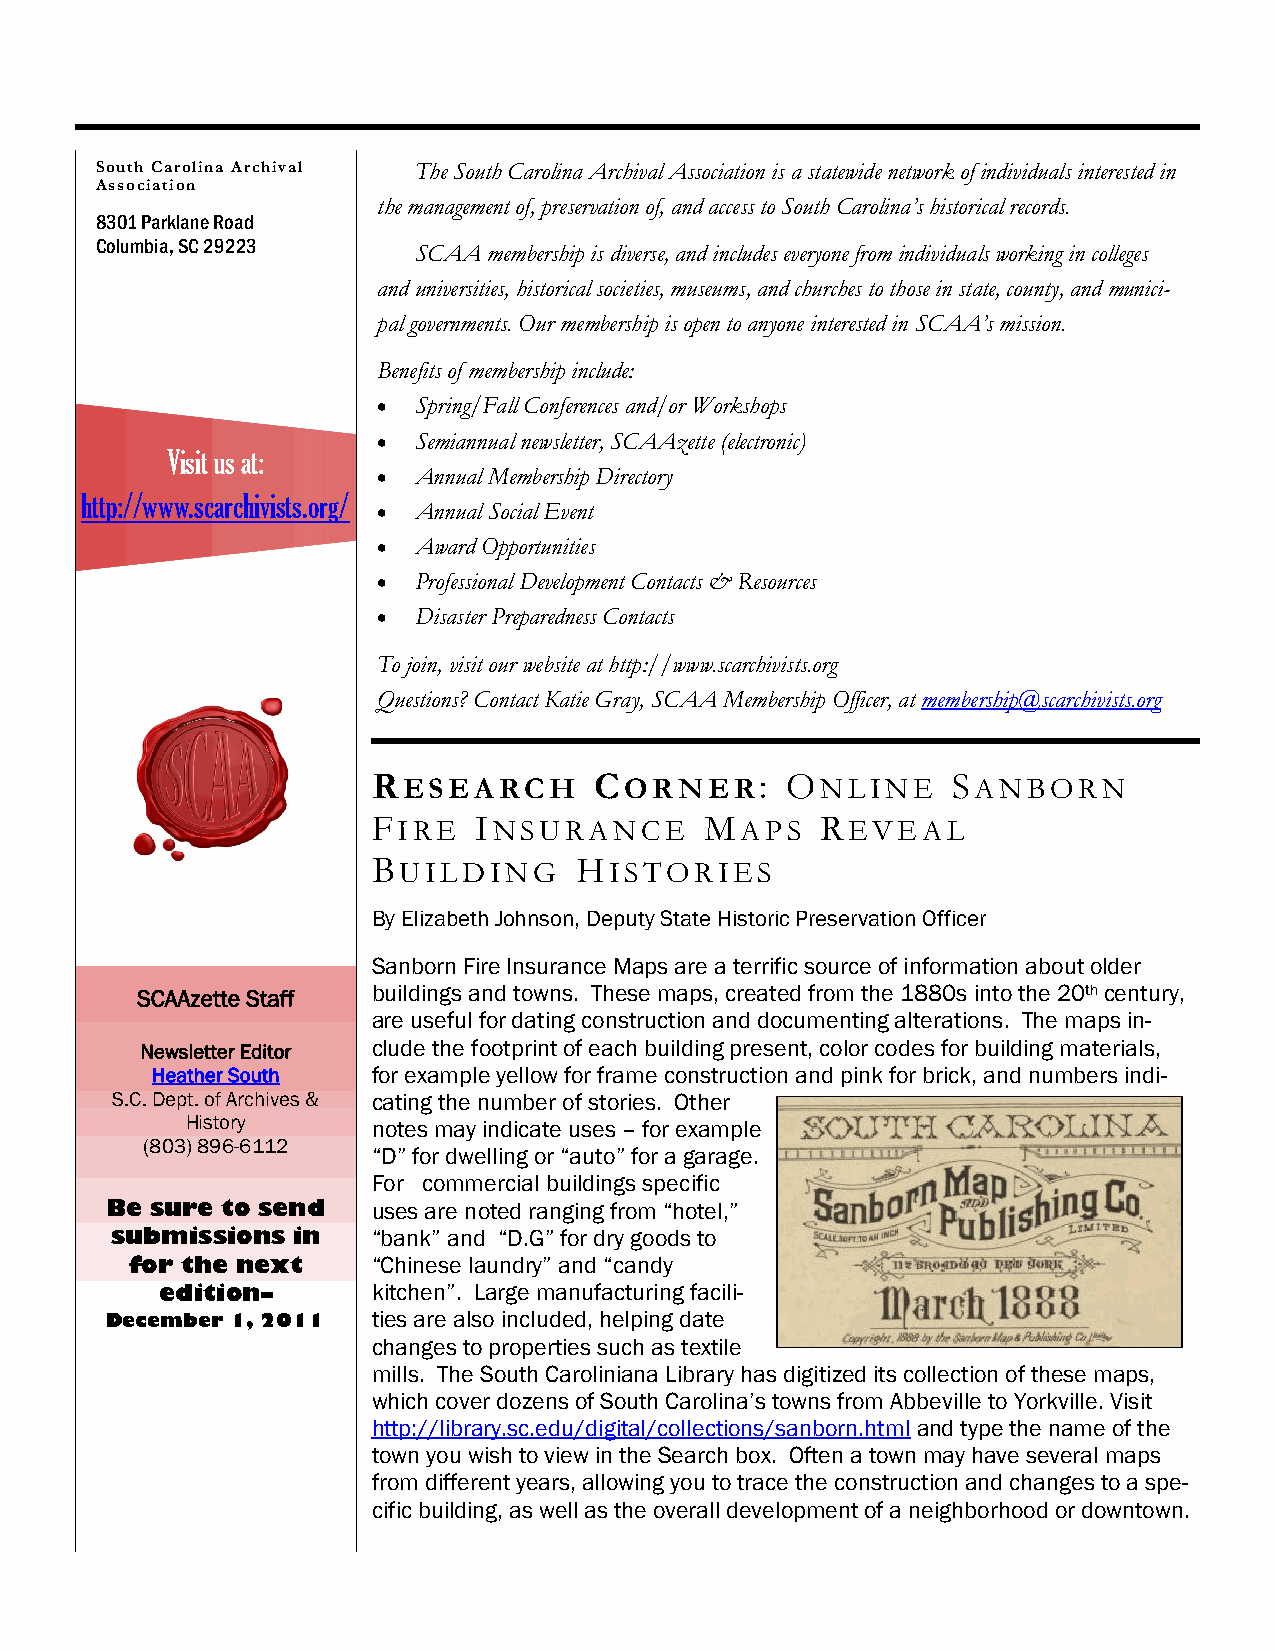
South Carolina Archival The South Carolina Archival Association is a statewide network of individuals interested in
 Association
 the management of, preservation of, and access to South Carolina’s historical records.
 8301 Parklane Road
 Columbia, SC 29223
 SCAA membership is diverse, and includes everyone from individuals working in colleges
 and universities, historical societies, museums, and churches to those in state, county, and munici-
 pal governments. Our membership is open to anyone interested in SCAA’s mission.
 Benefits of membership include:
  Spring/Fall Conferences and/or Workshops
  Semiannual newsletter, SCAAzette (electronic)
 Visit us at:
  Annual Membership Directory
 http://www.scarchivists.org/
  Annual Social Event
  Award Opportunities
  Professional Development Contacts & Resources
  Disaster Preparedness Contacts
 To join, visit our website at http://www.scarchivists.org
 Questions? Contact Katie Gray, SCAA Membership Officer, at membership@scarchivists.org
 RESEARCH      CORNER:      ONLINE     SANBORN
 FIRE  INSURANCE       MAPS   REVEAL
 BUILDING     HISTORIES
 By Elizabeth Johnson, Deputy State Historic Preservation Officer
 Sanborn Fire Insurance Maps are a terrific source of information about older
 SCAAzette Staff buildings and towns. These maps, created from the 1880s into the 20th century,
 are useful for dating construction and documenting alterations. The maps in-
 Newsletter Editor clude the footprint of each building present, color codes for building materials,
 Heather South  for example yellow for frame construction and pink for brick, and numbers indi-
 S.C. Dept. of Archives & cating the number of stories. Other
 History      notes may indicate uses – for example
 (803) 896-6112
 ―D‖ for dwelling or ―auto‖ for a garage.
 For commercial buildings specific
 Be sure to send   uses are noted ranging from ―hotel,‖
 submissions in    ―bank‖ and ―D.G‖ for dry goods to
 for the next    ―Chinese laundry‖ and ―candy
 edition–      kitchen‖. Large manufacturing facili-
 December 1, 2011  ties are also included, helping date
 changes to properties such as textile
 mills. The South Caroliniana Library has digitized its collection of these maps,
 which cover dozens of South Carolina‘s towns from Abbeville to Yorkville. Visit
 http://library.sc.edu/digital/collections/sanborn.html and type the name of the
 town you wish to view in the Search box. Often a town may have several maps
 from different years, allowing you to trace the construction and changes to a spe-
 cific building, as well as the overall development of a neighborhood or downtown.